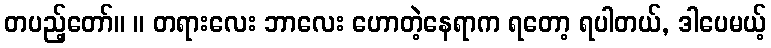
တပည့်တော်။ ။ တရားလေး ဘာလေး ဟောတဲ့နေရာက ရတော့ ရပါတယ်, ဒါပေမယ့်